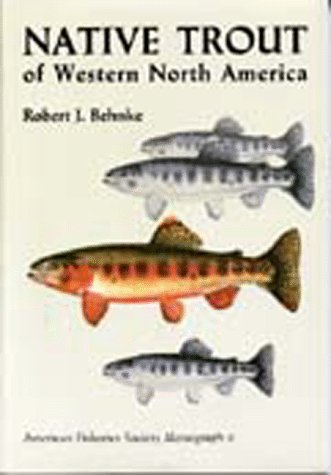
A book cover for Native Trout of Western North America (Afs Monograph : No 6); R. J. Behnke; Sports & Outdoors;